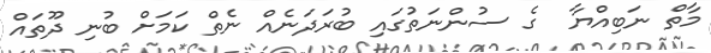
މާތް ނަބިއްޔާ  ގެ ސުންނަތުގައި ބުރަދަނެއް ނެތް ކަމަށް ބުނި ދޫތައް